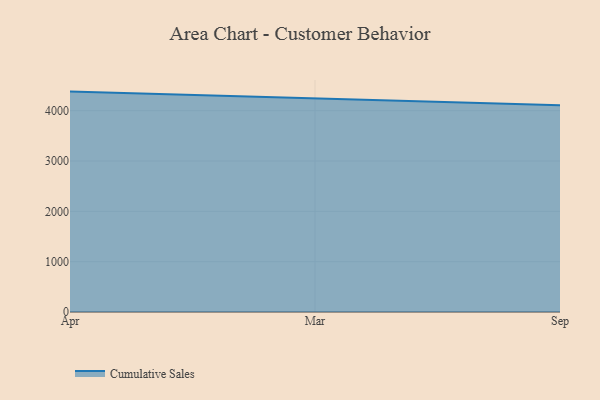
{"axis": {"x": "Month", "y": "Customer Acquisition Cost (USD)"}, "legend": ["Cumulative Sales"], "data": [{"x": "Apr", "y": 4378.6, "type": "Cumulative Sales"}, {"x": "Mar", "y": 4246.3, "type": "Cumulative Sales"}, {"x": "Sep", "y": 4107.0, "type": "Cumulative Sales"}]}